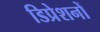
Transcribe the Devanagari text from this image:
डिप्रेशनों